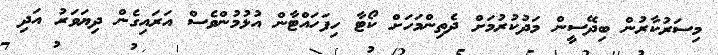
މިސަރުކާރުން ބިދޭސީން މަދުކުރުމަށް ދެތިންމަހަށް ކޯޓާ ހިފަހައްޓާން އުޅުމުންވެސް އަރައިގެން ދިޔަވަރު އަދި